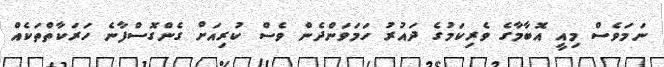
ނަމަވެސް މިއީ އޮބާމާގެ ވެރިކަމުގެ ދައުރު ހަމަވަންދެން ވެސް ކުރިއަށް ގެންގޮސްފާނެ ހަރަކާތްތަކެއް